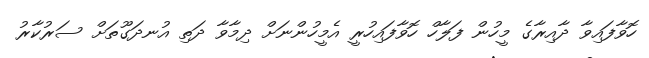
ހޮވާފައިވާ ދާއިރާގެ މީހުން ފަލާހް ހޮވާފައިހުރީ އެމީހުންނަށް ދިމާވާ ދަތި އުނދަގޫތަށް ސަރުކާރު